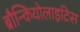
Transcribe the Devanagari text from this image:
ब्रौन्कियोलाइटिस